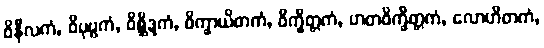
ဝိနီလကံ, ဝိပုဗ္ဗကံ, ဝိစ္ဆိဒ္ဒကံ, ဝိက္ခာယိတကံ, ဝိက္ခိတ္တကံ, ဟတဝိက္ခိတ္တကံ, လောဟိတကံ,